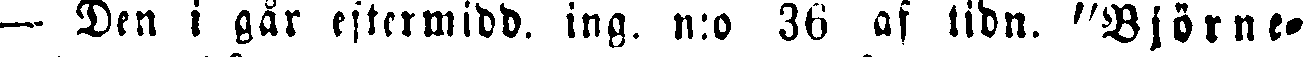
— Den i går eftermidd. ing. n:o 36 af tidn. "Björne-